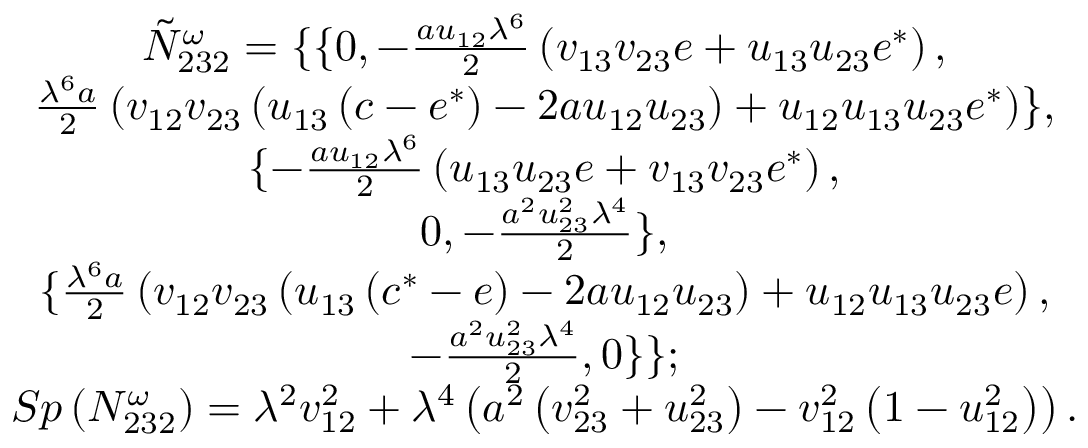
\begin{array} { c } { { { \tilde { N } } _ { 2 3 2 } ^ { \omega } = \{ \{ 0 , - \frac { a u _ { 1 2 } \lambda ^ { 6 } } 2 \left( v _ { 1 3 } v _ { 2 3 } e + u _ { 1 3 } u _ { 2 3 } e ^ { * } \right) , } } \\ { { \frac { \lambda ^ { 6 } a } 2 \left( v _ { 1 2 } v _ { 2 3 } \left( u _ { 1 3 } \left( c - e ^ { * } \right) - 2 a u _ { 1 2 } u _ { 2 3 } \right) + u _ { 1 2 } u _ { 1 3 } u _ { 2 3 } e ^ { * } \right) \} , } } \\ { { \{ - \frac { a u _ { 1 2 } \lambda ^ { 6 } } 2 \left( u _ { 1 3 } u _ { 2 3 } e + v _ { 1 3 } v _ { 2 3 } e ^ { * } \right) , } } \\ { { 0 , - \frac { a ^ { 2 } u _ { 2 3 } ^ { 2 } \lambda ^ { 4 } } 2 \} , } } \\ { { \{ \frac { \lambda ^ { 6 } a } 2 \left( v _ { 1 2 } v _ { 2 3 } \left( u _ { 1 3 } \left( c ^ { * } - e \right) - 2 a u _ { 1 2 } u _ { 2 3 } \right) + u _ { 1 2 } u _ { 1 3 } u _ { 2 3 } e \right) , } } \\ { { - \frac { a ^ { 2 } u _ { 2 3 } ^ { 2 } \lambda ^ { 4 } } 2 , 0 \} \} ; } } \\ { { S p \left( N _ { 2 3 2 } ^ { \omega } \right) = \lambda ^ { 2 } v _ { 1 2 } ^ { 2 } + \lambda ^ { 4 } \left( a ^ { 2 } \left( v _ { 2 3 } ^ { 2 } + u _ { 2 3 } ^ { 2 } \right) - v _ { 1 2 } ^ { 2 } \left( 1 - u _ { 1 2 } ^ { 2 } \right) \right) . } } \end{array}